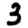
Digit: 3